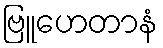
ဗြူဟေတာနံ